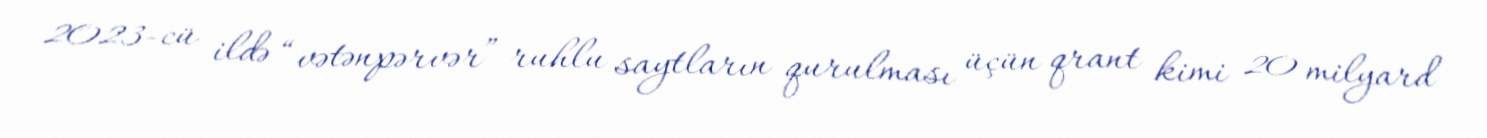
2023-cü ildə “vətənpərvər” ruhlu saytların qurulması üçün qrant kimi 20 milyard